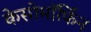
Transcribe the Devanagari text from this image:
केसोमॉर्फिन